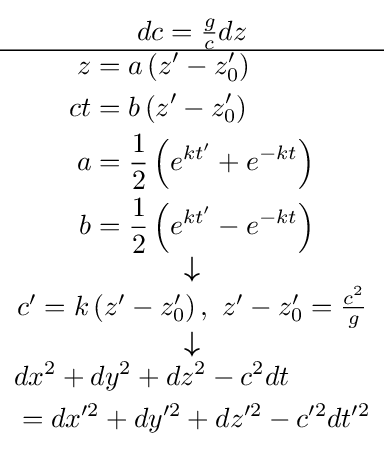
{\scriptstyle {\begin{matrix}dc={\frac {g}{c}}dz\\\hline {\begin{aligned}z&=a\left(z'-z_{0}^{\prime }\right)\\ct&=b\left(z'-z_{0}^{\prime }\right)\\a&={\frac {1}{2}}\left(e^{kt'}+e^{-kt}\right)\\b&={\frac {1}{2}}\left(e^{kt'}-e^{-kt}\right)\end{aligned}}\\{\boldsymbol {\downarrow }}\\c'=k\left(z'-z_{0}^{\prime }\right),\ z'-z_{0}^{\prime }={\frac {c^{2}}{g}}\\{\boldsymbol {\downarrow }}\\{\begin{aligned}&dx^{2}+dy^{2}+dz^{2}-c^{2}dt\\&=dx^{\prime 2}+dy^{\prime 2}+dz^{\prime 2}-c^{\prime 2}dt^{\prime 2}\end{aligned}}\end{matrix}}}